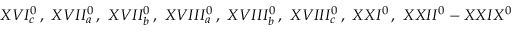
X V I _ { c } ^ { 0 } \, , \, \, X V I I _ { a } ^ { 0 } \, , \, \, X V I I _ { b } ^ { 0 } \, , \, \, X V I I I _ { a } ^ { 0 } \, , \, \, X V I I I _ { b } ^ { 0 } \, , \, \, X V I I I _ { c } ^ { 0 } \, , \, \, X X I ^ { 0 } \, , \, \, X X I I ^ { 0 } - X X I X ^ { 0 } \, \,